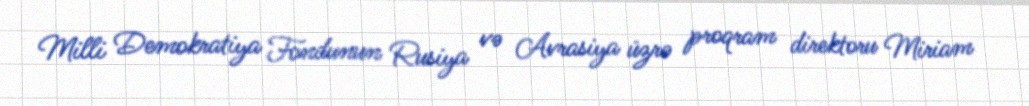
Milli Demokratiya Fondunun Rusiya və Avrasiya üzrə proqram direktoru Miriam